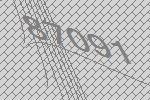
87091